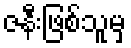
ဇနီးဖြစ်သူမှ